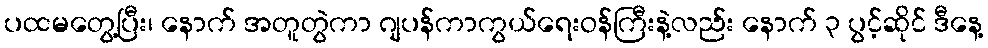
ပထမတွေ့ပြီး၊ နောက် အတူတွဲကာ ဂျပန်ကာကွယ်ရေးဝန်ကြီးနဲ့လည်း နောက် ၃ ပွင့်ဆိုင် ဒီနေ့